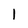
Character: 1